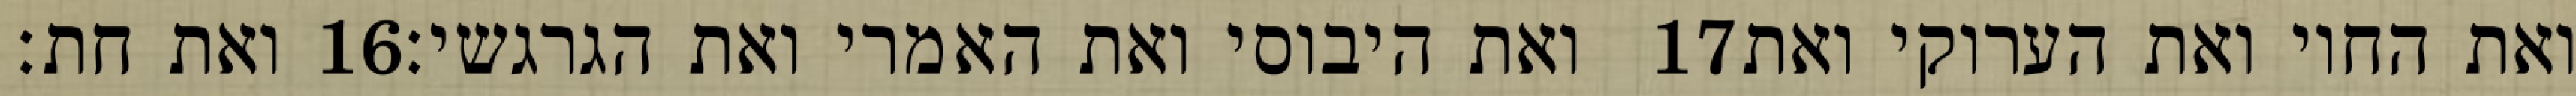
ואת חת׃ ‎16‏ ואת היבוסי ואת האמרי ואת הגרגשי׃ ‎17‏ ואת החוי ואת הערוקי ואת